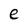
Character: e